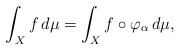
\begin{align*} \int_X f\,d\mu=\int_X f\circ\varphi_\alpha\,d\mu,\end{align*}